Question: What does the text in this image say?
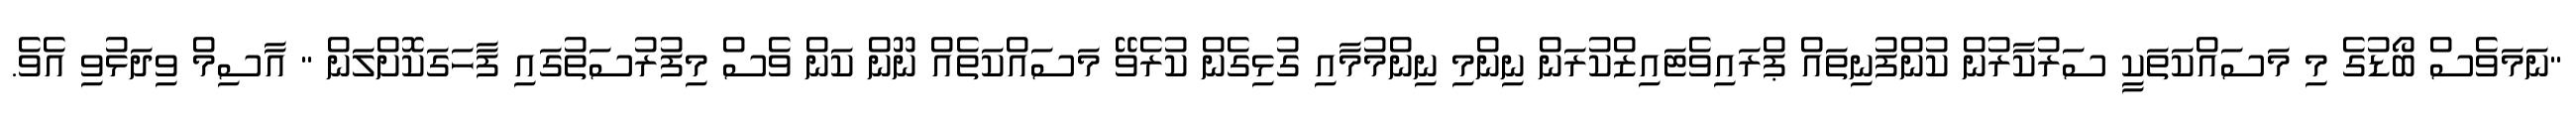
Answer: "ނަމަވެސް ބޯޑުގެ މި މަސައްކަތަކީ ސަރުކާރުން ކުންފުނިތައް ޕްރައިވެޓައިޒްކުރަން ނިންމި ނިންމުމާއި ގުޅިގެން ކުރެވޭ މަސައްކަތެއް ނޫން ކަން ވެސް މިފުރުސަތުގައި ފާހަގަކޮށްލަން " އާސިމް ވިދަޅުވި އެވެ.